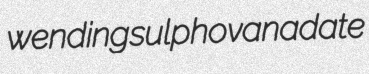
wending sulphovanadate